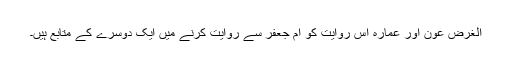
الغرض عون اور عمارہ اس روایت کو ام جعفر سے روایت کرنے میں ایک دوسرے کے متابع ہیں۔